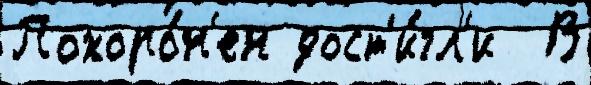
Похоро́н'ен дост'и́гл'и  В